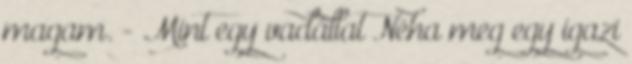
magam. - Mint egy vadállat Néha meg egy igazi